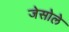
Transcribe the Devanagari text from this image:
जेसोले